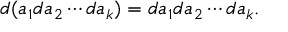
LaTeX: d ( a _ { 1 } d a _ { 2 } \cdots d a _ { k } ) = d a _ { 1 } d a _ { 2 } \cdots d a _ { k } .